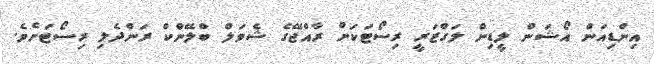
އިންޑިއަން އޯޝަން ލީޑިން ލަގްޒަރީ ރިސޯޓަކަށް ރާއްޖޭގެ ޝެވަލް ބްލޭންކް ރަންދެލި ރިސޯޓަށެވެ.